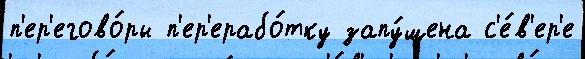
п'ер'егово́ры п'ер'ерабо́тку запу́щена с'е́в'ер'е